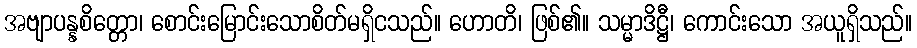
အဗျာပန္နစိတ္တော၊ စောင်းမြောင်းသောစိတ်မရှိငသည်။ ဟောတိ၊ ဖြစ်၏။ သမ္မာဒိဋ္ဌီ၊ ကောင်းသော အယူရှိသည်။